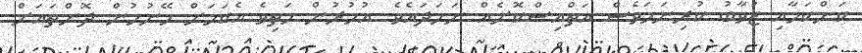
ކަންކަމާއި ޒުވާބު ކުރިނަމަވެސް އަތްއިސްކޮށެއް ނަހަދައެވެ. އުމުރުން މަތިވެ އެކަމަށް ހޭނުމުން ދޮންތައަށް